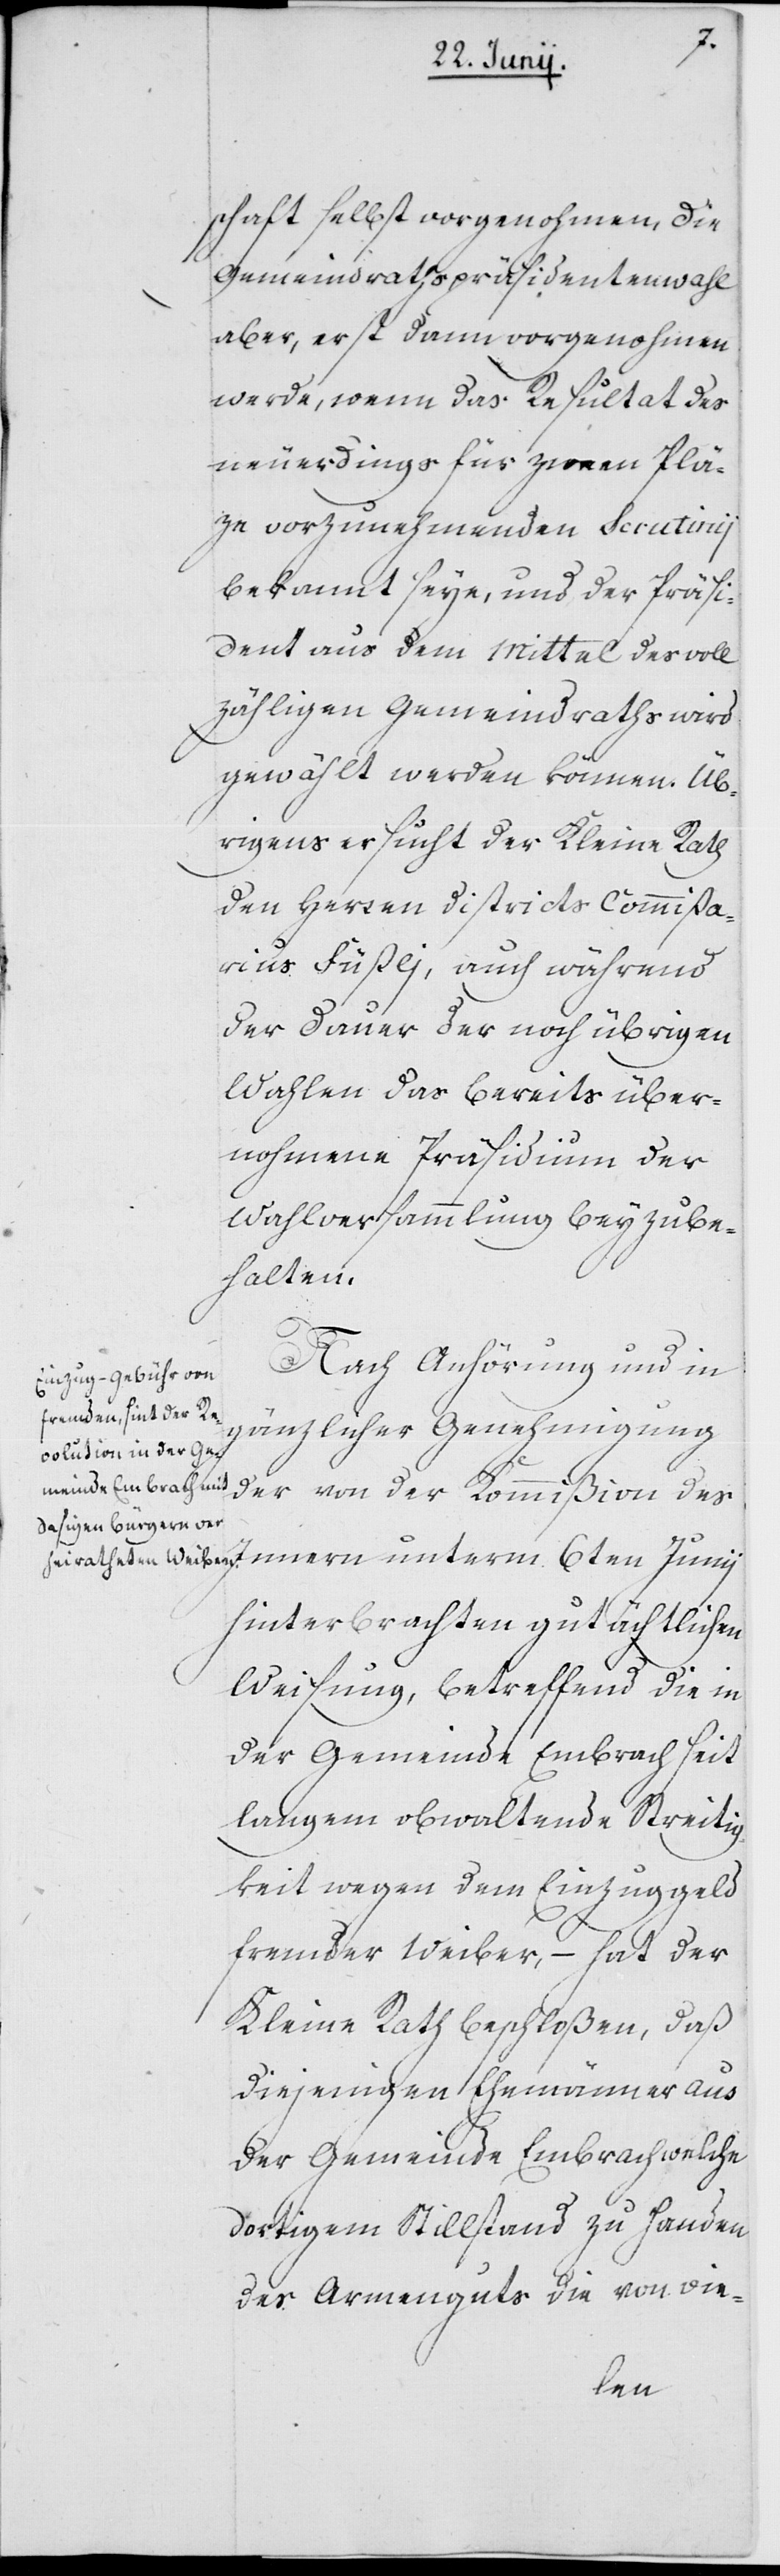
schaft selbst vorgenohmen, die
Gemeindrathspräsidentenwahl
aber, erst dann vorgenohmen
werde, wenn das Resultat des
neuerdings für zween Plä¬
ze vorzunehmenden Scrutinii
bekannt seye, und der Präsi¬
dent aus dem Mittel des voll¬
zähligen Gemeindraths wird
gewählt werden können. Üb¬
rigens ersucht der Kleine Rath
den Herren Districtscommißa¬
rius Füßli, auch während
der Dauer der noch übrigen
Wahlen das bereits über¬
nohmene Präsidium der
Wahlversammlung beyzube¬
halten.
Nach Anhörung und in
gänzlicher Genehmigung
der von der Kommißion des
Innern unterm 6ten Junii
hinterbrachten gutächtlichen
Weisung, betreffend die in
der Gemeinde Embrach seit
langem obwaltende Streitig¬
keit wegen dem Einzuggeld
fremder Weiber, – hat der
Kleine Rath beschloßen, daß
diejenigen Ehemänner aus
der Gemeinde Embrach welche
dortigem Stillstand zu Handen
des Armenguts die von vie-